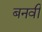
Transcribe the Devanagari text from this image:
बनवी